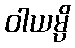
ဝါယမ္ပိ